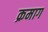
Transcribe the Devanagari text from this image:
क्रमाग